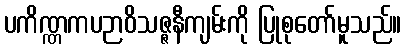
ပကိဏ္ဏကပဉာဝိသဇ္ဇနီကျမ်းကို ပြုစုတော်မူသည်။